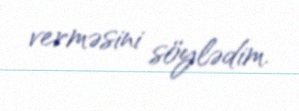
verməsini söylədim.